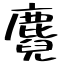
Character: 麑